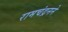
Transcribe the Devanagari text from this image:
रामचंद्रनने